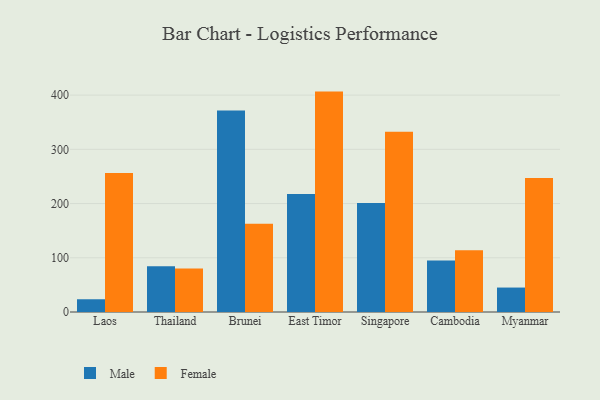
{"axis": {"x": "Country", "y": "Production Output"}, "legend": ["Female", "Male"], "data": [{"x": "Laos", "y": 23.5, "type": "Male"}, {"x": "Laos", "y": 256.2, "type": "Female"}, {"x": "Thailand", "y": 84.2, "type": "Male"}, {"x": "Thailand", "y": 80.4, "type": "Female"}, {"x": "Brunei", "y": 371.6, "type": "Male"}, {"x": "Brunei", "y": 162.6, "type": "Female"}, {"x": "East Timor", "y": 217.6, "type": "Male"}, {"x": "East Timor", "y": 406.5, "type": "Female"}, {"x": "Singapore", "y": 200.9, "type": "Male"}, {"x": "Singapore", "y": 332.5, "type": "Female"}, {"x": "Cambodia", "y": 95.2, "type": "Male"}, {"x": "Cambodia", "y": 114.1, "type": "Female"}, {"x": "Myanmar", "y": 45.1, "type": "Male"}, {"x": "Myanmar", "y": 247.2, "type": "Female"}]}